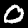
Label: 0